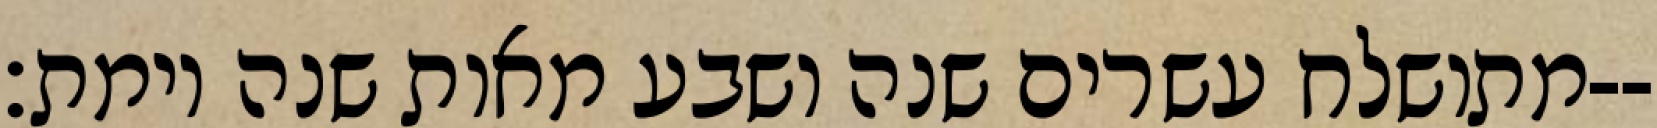
מתושלח עשרים שנה ושבע מאות שנה וימת׃--